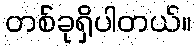
တစ်ခုရှိပါတယ်။